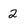
Character: 2